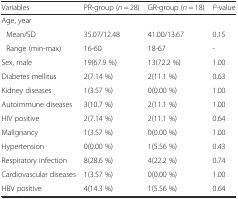
<table><thead><tr><td><b>Variables</b></td><td><b>PR-group (<i>n</i> = 28)</b></td><td><b>GR-group (<i>n</i> = 18)</b></td><td><b><i>P</i>-value</b></td></tr></thead><tbody><tr><td>Age, year</td><td></td><td></td><td></td></tr><tr><td>Mean/SD</td><td>35.07/12.48</td><td>41.00/13.67</td><td>0.15</td></tr><tr><td>Range (min-max)</td><td>16-60</td><td>18-67</td><td>-</td></tr><tr><td>Sex, male</td><td>19(67.9 %)</td><td>13(72.2 %)</td><td>1.00</td></tr><tr><td>Diabetes mellitus</td><td>2(7.14 %)</td><td>2(11.1 %)</td><td>0.63</td></tr><tr><td>Kidney diseases</td><td>1(3.57 %)</td><td>0(0.00 %)</td><td>1.00</td></tr><tr><td>Autoimmune diseases</td><td>3(10.7 %)</td><td>2(11.1 %)</td><td>1.00</td></tr><tr><td>HIV positive</td><td>2(7.14 %)</td><td>2(11.1 %)</td><td>0.64</td></tr><tr><td>Malignancy</td><td>1(3.57 %)</td><td>0(0.00 %)</td><td>1.00</td></tr><tr><td>Hypertension</td><td>0(0.00 %)</td><td>1(5.56 %)</td><td>0.43</td></tr><tr><td>Respiratory infection</td><td>8(28.6 %)</td><td>4(22.2 %)</td><td>0.74</td></tr><tr><td>Cardiovascular diseases</td><td>1(3.57 %)</td><td>0(0.00 %)</td><td>1.00</td></tr><tr><td>HBV positive</td><td>4(14.3 %)</td><td>1(5.56 %)</td><td>0.64</td></tr></tbody></table>